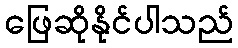
ဖြေဆိုနိုင်ပါသည်